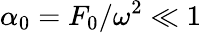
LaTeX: \alpha_{0}=F_{0}/\omega^{2}\ll 1